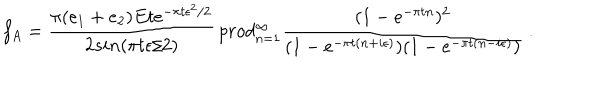
f _ { A } = { \frac { \pi ( e _ { 1 } + e _ { 2 } ) E t e ^ { - \pi t \epsilon ^ { 2 } / 2 } } { 2 s i n ( \pi t \epsilon / 2 ) } } \, p r o d _ { n = 1 } ^ { \infty } { \frac { ( 1 - e ^ { - \pi t n } ) ^ { 2 } } { ( 1 - e ^ { - \pi t ( n + i \epsilon ) } ) ( 1 - e ^ { - \pi t ( n - i \epsilon ) } ) } } \ .